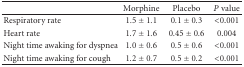
|  | Morphine | Placebo | P value |
 | --- | --- | --- | --- |
 | Respiratory rate | 1.5 ± 1.1 | 0.1 ± 0.3 | <0.001 |
 | Heart rate | 1.7 ± 1.6 | 0.45 ± 0.6 | 0.004 |
 | Night time awaking for dyspnea | 1.0 ± 0.6 | 0.5 ± 0.6 | <0.001 |
 | Night time awaking for cough | 1.2 ± 0.7 | 0.5 ± 0.2 | <0.001 |